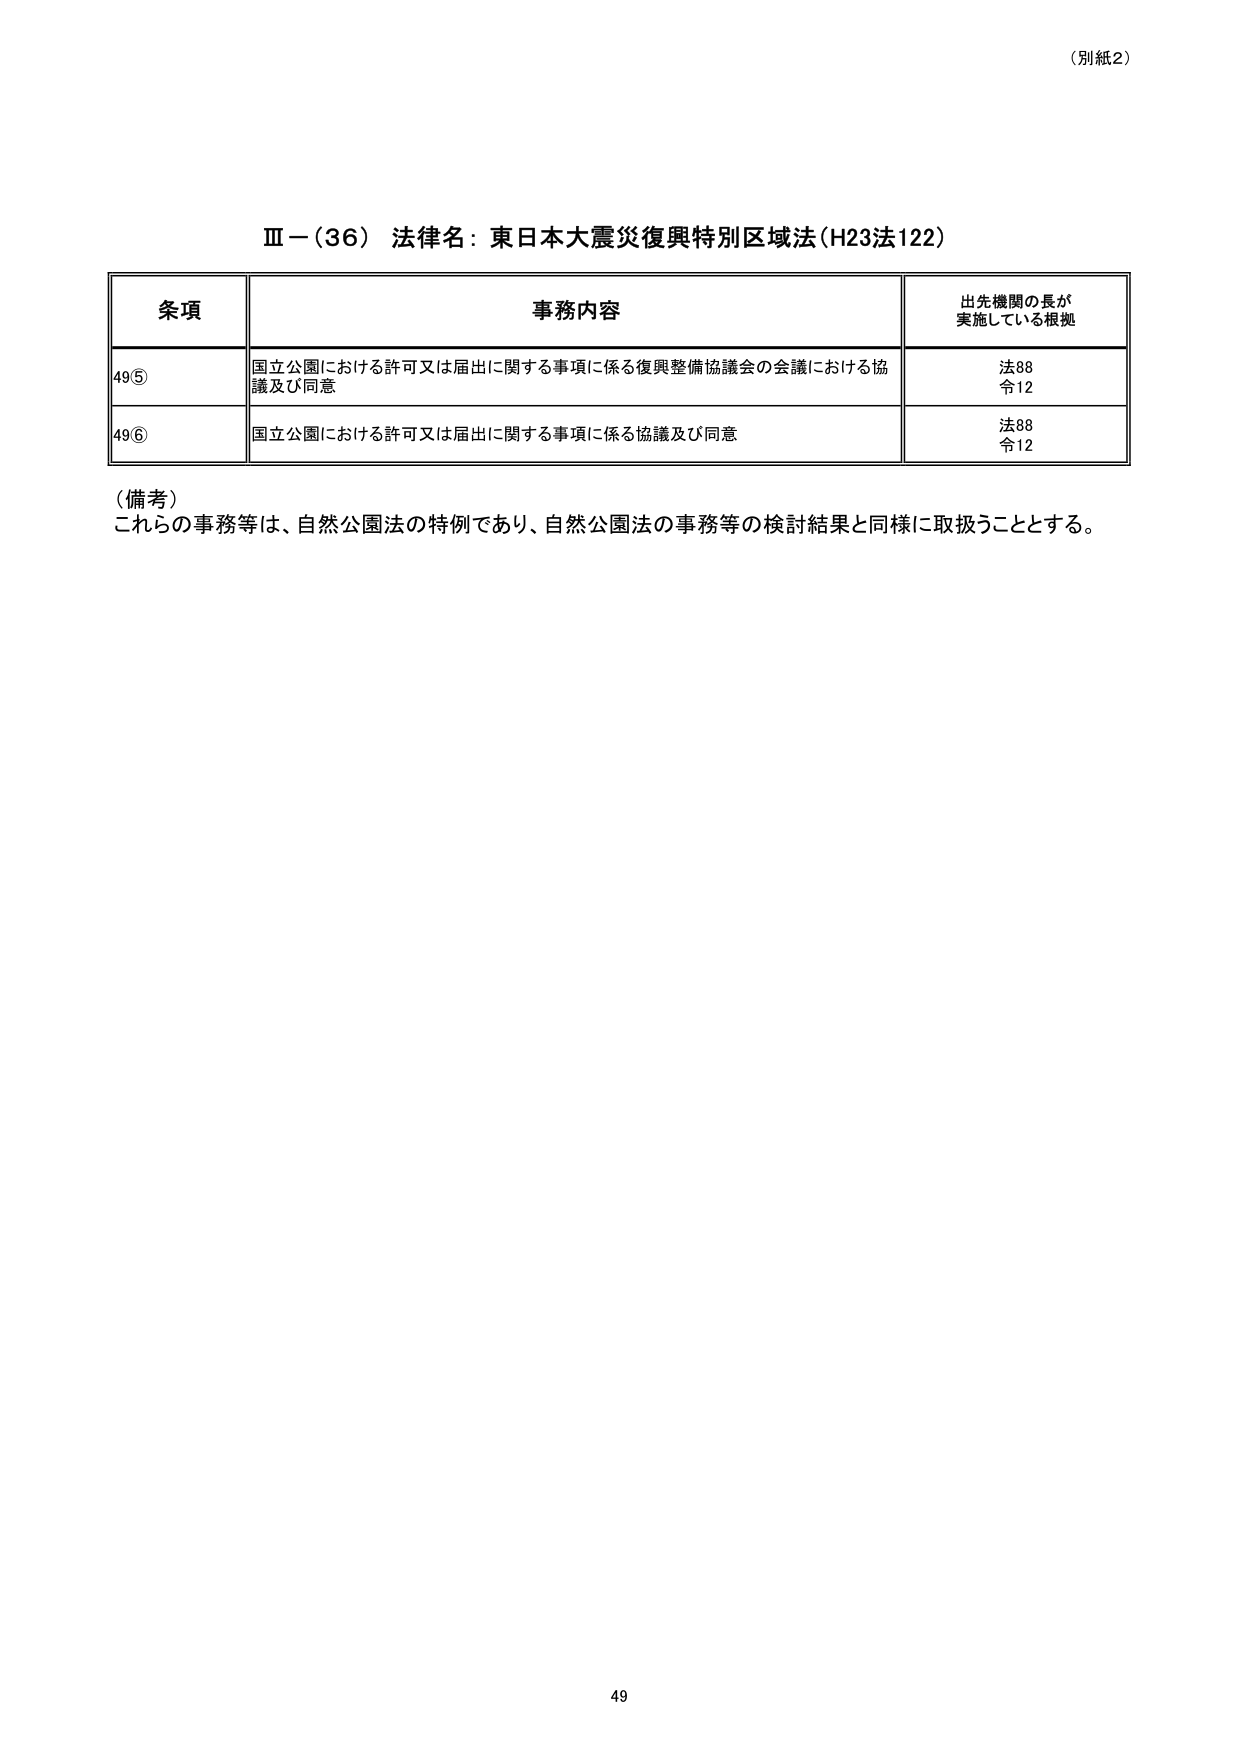
（別紙2）

Ⅲ－（36） 法律名：東日本大震災復興特別区域法（H23法122）

条項 事務内容 出先機関の長が 実施している根拠
49⑤ 国立公園における許可又は届出に関する事項に係る復興整備協議会の会議における協議及び同意 法88 令12
49⑥ 国立公園における許可又は届出に関する事項に係る協議及び同意 法88 令12

（備考）
これらの事務等は、自然公園法の特例であり、自然公園法の事務等の検討結果と同様に取扱うこととする。

49